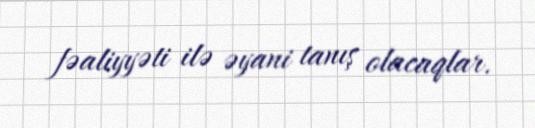
fəaliyyəti ilə əyani tanış olacaqlar.